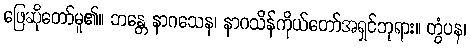
ဖြေဆိုတော်မူ၏။ ဘန္တေ နာဂသေန၊ နာဂသိန်ကိုယ်တော်အရှင်ဘုရား။ တွံပန၊